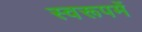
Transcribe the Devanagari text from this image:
स्वरूपमें